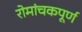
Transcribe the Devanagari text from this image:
रोमांचकपूर्ण